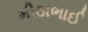
મીઠાભાઈ